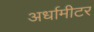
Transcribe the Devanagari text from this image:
अर्धामीटर